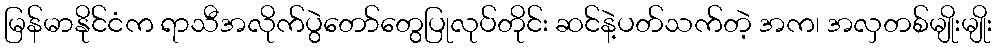
မြန်မာနိုင်ငံက ရာသီအလိုက်ပွဲတော်တွေပြုလုပ်တိုင်း ဆင်နဲ့ပတ်သက်တဲ့ အက၊ အလှတစ်မျိုးမျိုး